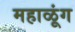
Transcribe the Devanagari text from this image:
महाळूंग